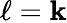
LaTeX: \ell=\mathbf{k}